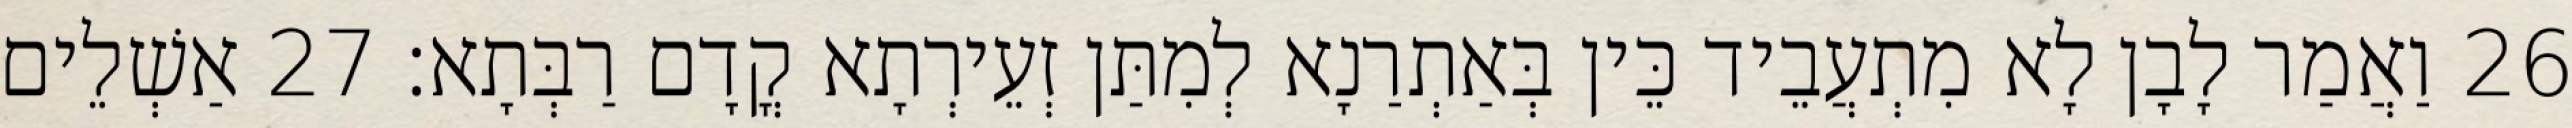
26 וַאֲמַר לָבָן לָא מִתְעֲבֵיד כֵּין בְּאַתְרַנָא לְמִתַּן זְעֵירְתָא קֳדָם רַבְּתָא׃ 27 אַשְׁלֵים